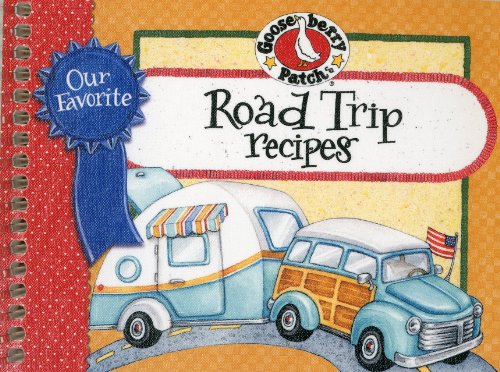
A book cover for Our Favorite Road Trip Recipes Cookbook; Gooseberry Patch; Cookbooks, Food & Wine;